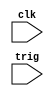
module db2(
    input clk,
    input trig

);

reg trig_state;  // 1 as long as the push-button is active (down)
wire trig_down;
reg trig_sync_0;  
reg trig_sync_1; 
reg [2:0] 	trig_cnt;
wire trig_idle = (trig_state==trig_sync_1);
wire trig_cnt_max = &trig_cnt;

always @(posedge clk) 
begin
	trig_sync_0 <= trig;  
	trig_sync_1 <= trig_sync_0;

if(trig_idle)
begin
    trig_cnt <= 0;  // nothing's going on
end
 else
begin
    trig_cnt <= trig_cnt + 1'b1;  // something's going on, increment the counter
    if(trig_cnt_max) 
	begin
	trig_state <= ~trig_state;  // if the counter is maxed out, PB changed!
	end
end


end

assign trig_down = ~trig_idle & trig_cnt_max & ~trig_state;

endmodule